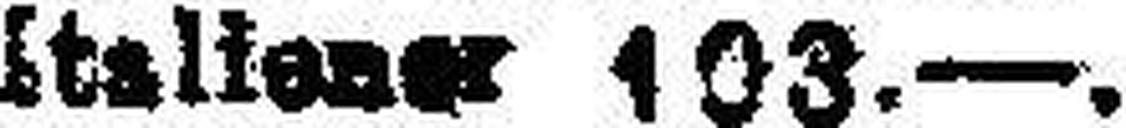
Italiener 103.—